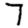
Digit: 7